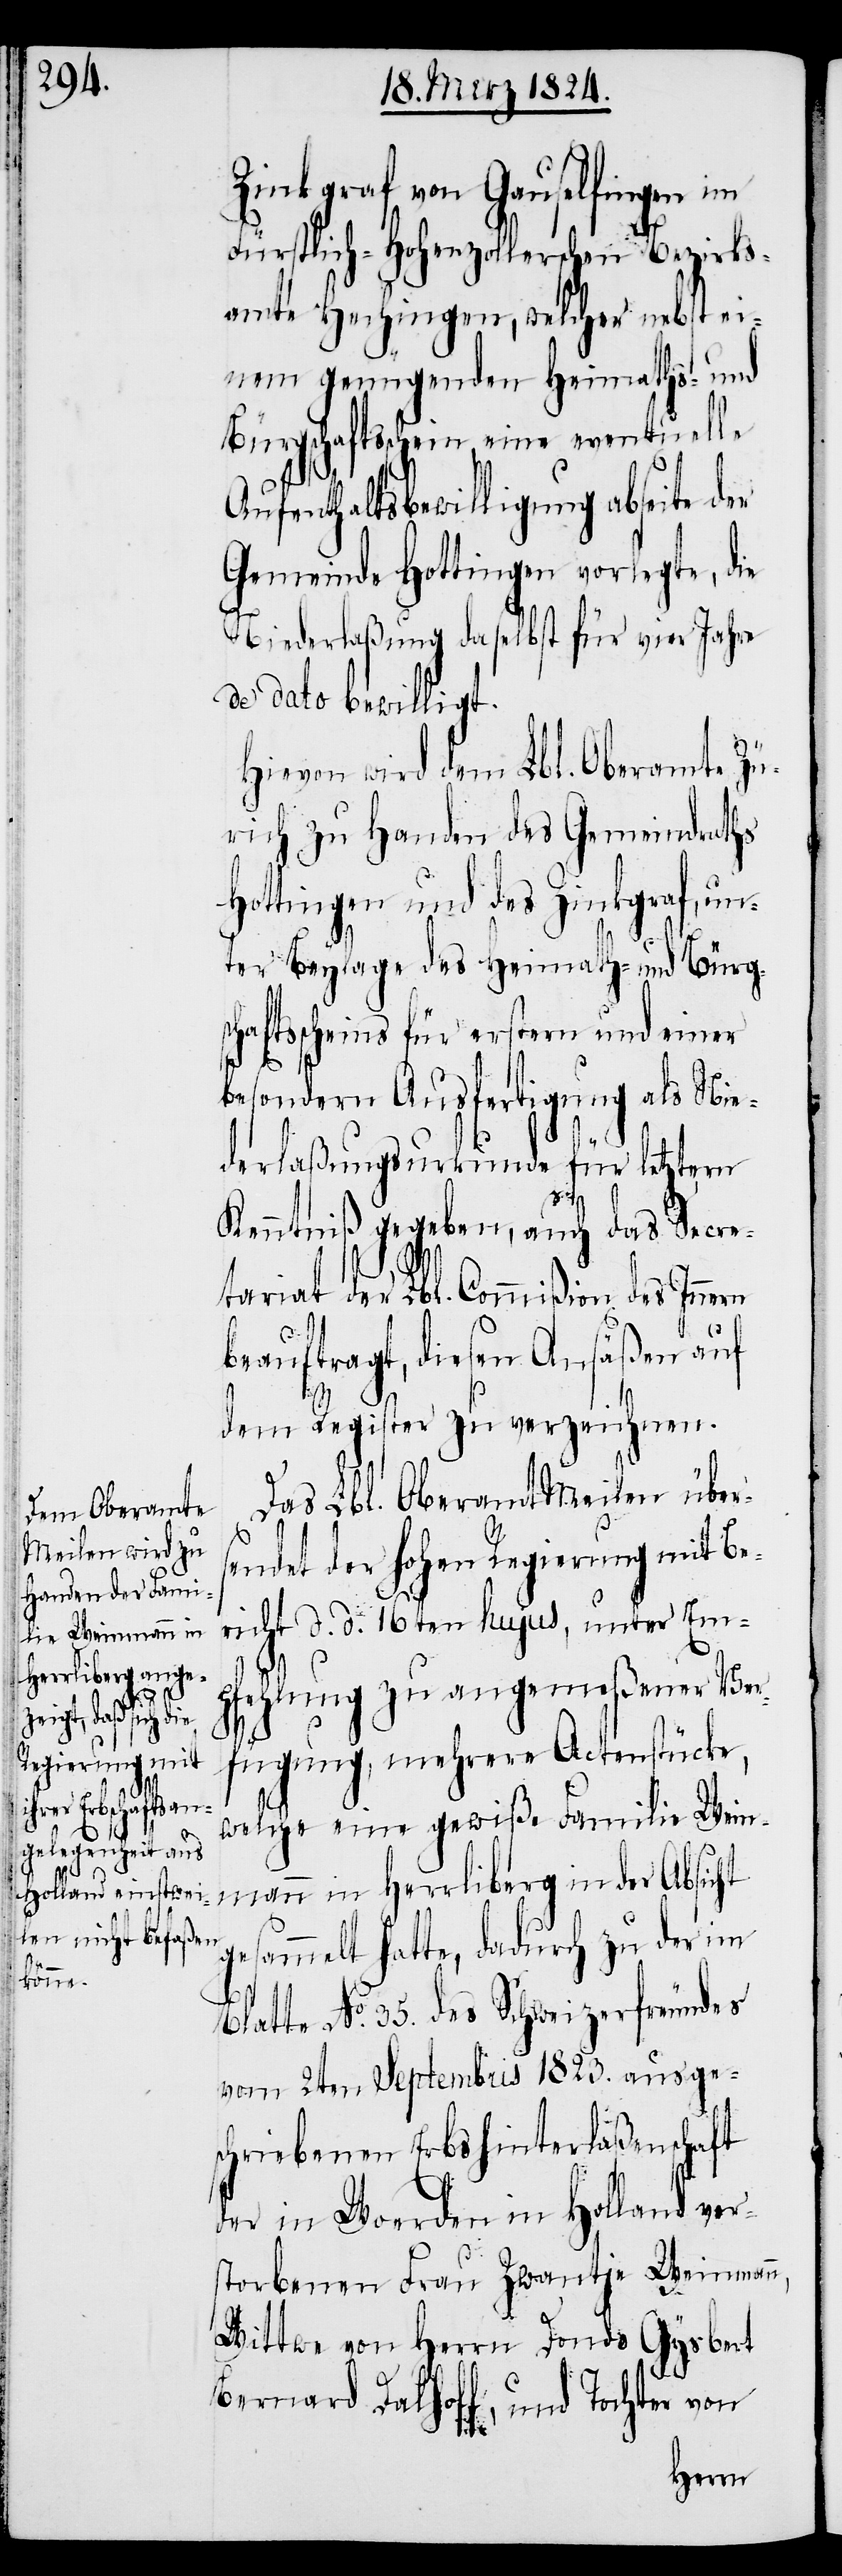
Zinkgraf von Gauselingen im
Fürstlich-Hohenzollerischen Bezirks¬
amte Hechingen, welcher nebst ei¬
nem genügenden Heimaths- und
Aufenthaltsbewilligung abseite der
Gemeinde Hottingen vorlegte, die
Niederlaßung daselbst für vier Jahre
de dato bewilligt.
Hievon wird dem Lbl. Oberamte Zü¬
rich zu Handen des Gemeindraths
Hottingen und des Zinkgraf, un¬
ter Beylage des Heimath- und Bürg¬
haftsscheins für erstern und einer
besondern Ausfertigung als Nie¬
derlaßungsurkunde für letztern
Kenntniß gegeben, auch das Secre¬
tariat der Lbl. Commißion des Innern
beauftragt, diesen Ansäßen auf
dem Register zu verzeichnen.
Das Lbl. Oberamt Meilen übers¬
endet der hohen Regierung mit Be¬
richt d. d. 16ten hujus, unter Em¬
pfehlung zu angemeßener Ver¬
fügung, mehrere Actenstücke,
welche eine gewiße Familie Wein¬
mann in Herrliberg in der Absicht
gesammelt hatte, dadurch zu der im
sc¬
Blatte No. 35. des Schweizerfreundes
vom 2ten Septembris 1823. ausge¬
schriebenen Erbshinterlaßenschaft
der in Woerden in Holland ver¬
storbenen Frau Zwantje Weinmann,
Wittwe von Herrn Donds Gysbert
Bernard Dalhoff, und Tochter von